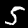
Digit: 5